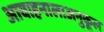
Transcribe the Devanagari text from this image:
आवाहनालाअनुकूल